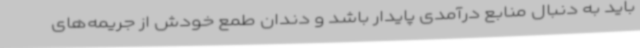
باید به دنبال منابع درآمدی پایدار باشد و دندان طمع خودش از جریمه‌های